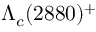
\Lambda _ { c } ( 2 8 8 0 ) ^ { + }